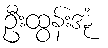
ဦးထွန်းအုံ